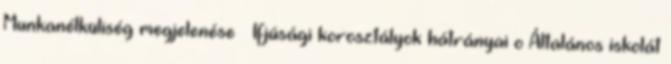
Munkanélküliség megjelenése  Ifjúsági korosztályok hátrányai o Általános iskolát